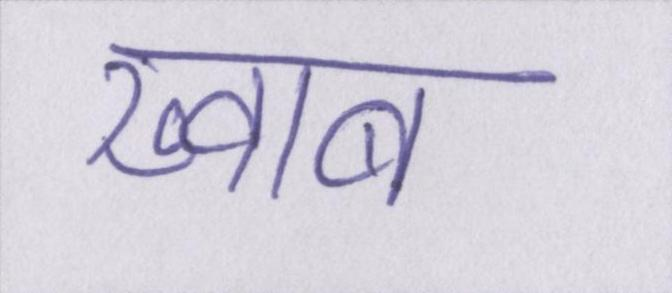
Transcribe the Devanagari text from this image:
ख्व़ाब